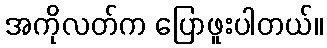
အကိုလတ်က ပြောဖူးပါတယ်။